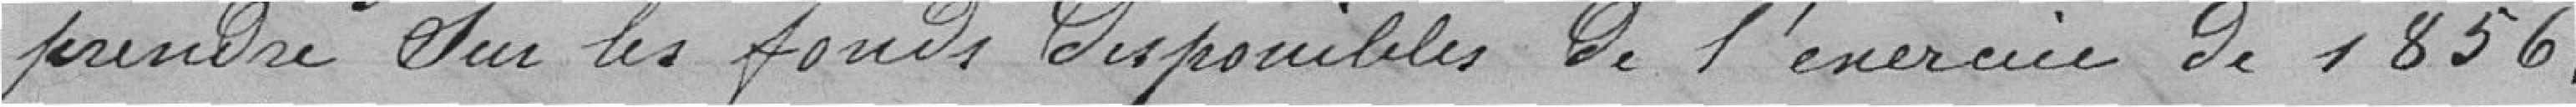
prendre sur les fonds disponibles de l'exercice de 1856.